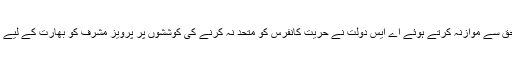
انہوں نے ایوب خان اور ضیاءالحق سے موازنہ کرتے ہوئے اے ایس دولت نے حریت کانفرس کو متحد نہ کرنے کی کوششوں پر پرویز مشرف کو بھارت کے لیے بہترین اور موزوں قرار دے دیا۔